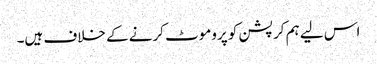
اس لیے ہم کرپشن کو پروموٹ کرنے کے خلاف ہیں۔